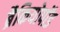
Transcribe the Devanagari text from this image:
ब्रैकियोपॉड